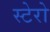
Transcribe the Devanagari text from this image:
स्टेरो